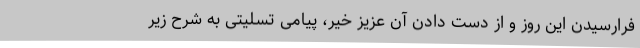
فرارسیدن این روز و از دست دادن آن عزیز خیر، پیامی تسلیتی به شرح زیر